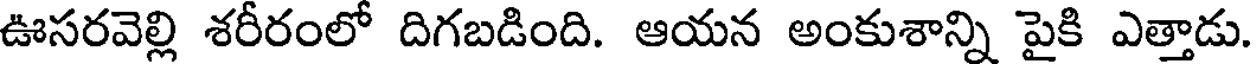
ఊసరవెల్లి శరీరంలో దిగబడింది. ఆయన అంకుశాన్ని పైకి ఎత్తాడు.